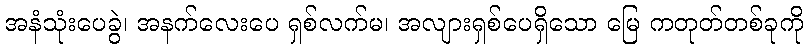
အနံသုံးပေခွဲ၊ အနက်လေးပေ ရှစ်လက်မ၊ အလျားရှစ်ပေရှိသော မြေ ကတုတ်တစ်ခုကို